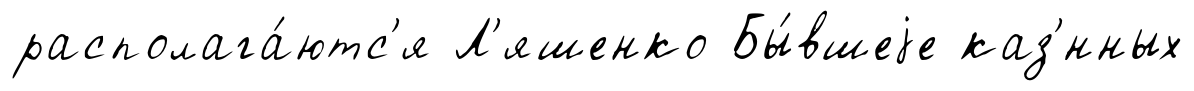
располага́ютс'я Л'яшенко Бы́вшеjе каз'́нных